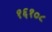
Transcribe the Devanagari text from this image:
१६१०८